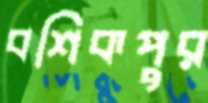
বশিকপুর